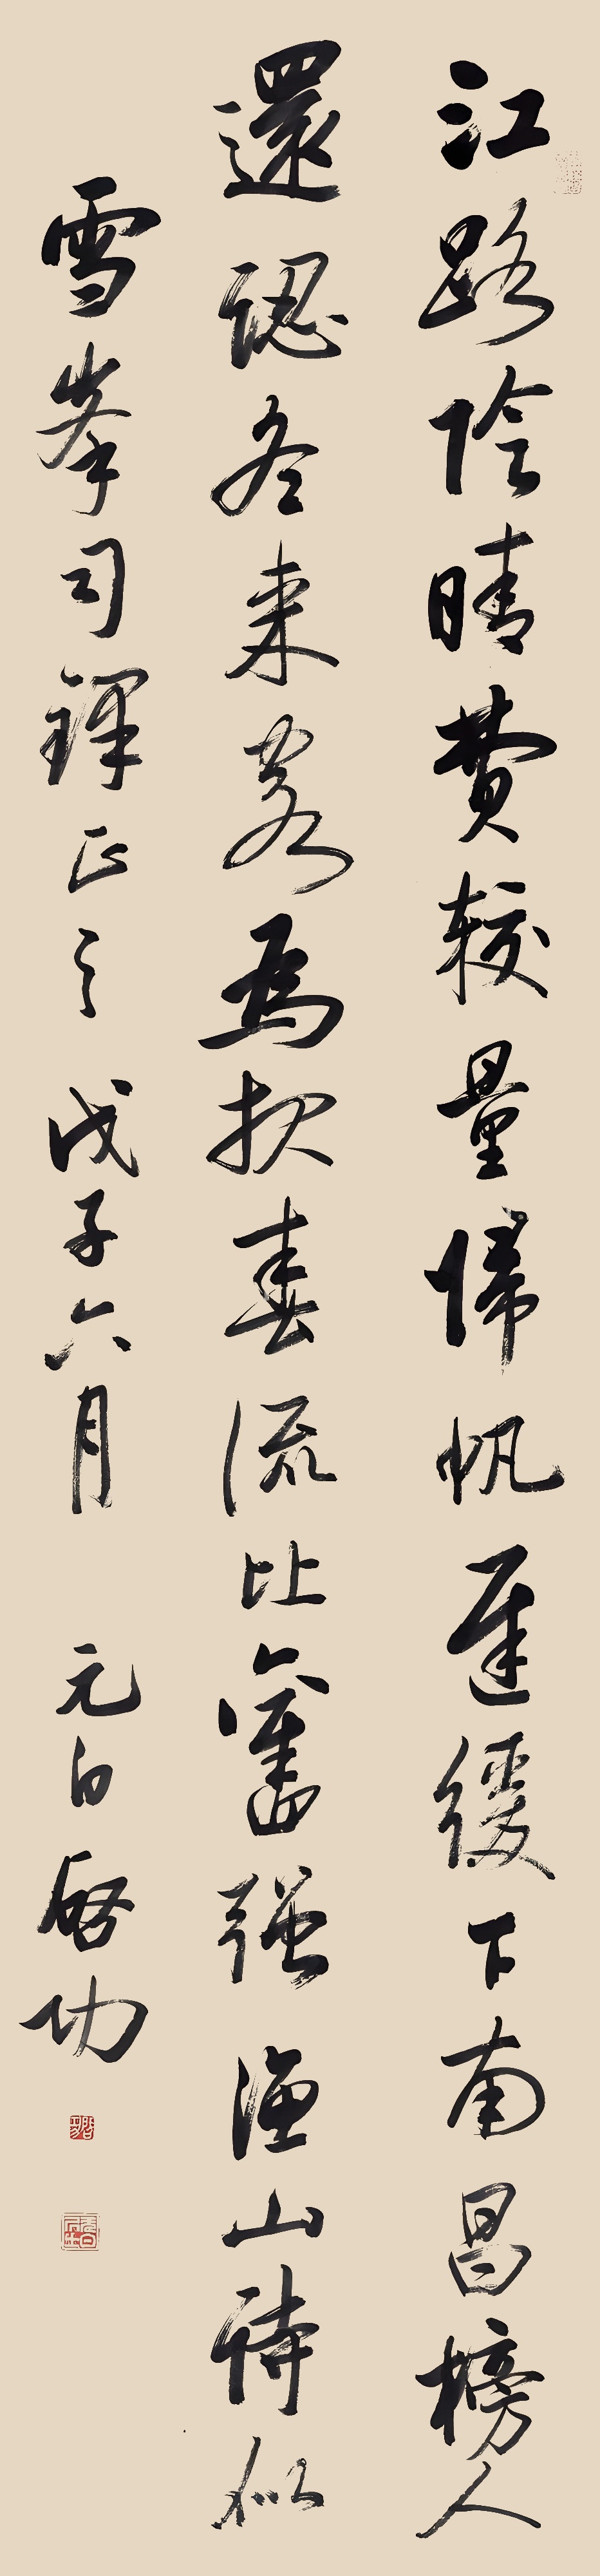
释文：江路阴晴费较量，旧帆迟缓下南昌。榜人还认东来客，为报春流比旧强。渔山诗似，雪峰司铎正之。戊子六月，元白启功。